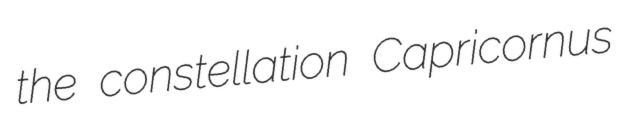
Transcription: the constellation Capricornus